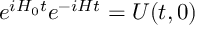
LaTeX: e ^ { i H _ { 0 } t } e ^ { - i H t } = U ( t , 0 )